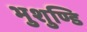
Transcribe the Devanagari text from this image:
भुशुण्डि